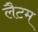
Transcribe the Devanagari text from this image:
लैटम